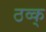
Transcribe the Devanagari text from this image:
ठव्क्